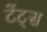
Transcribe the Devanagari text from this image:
टेंट्स